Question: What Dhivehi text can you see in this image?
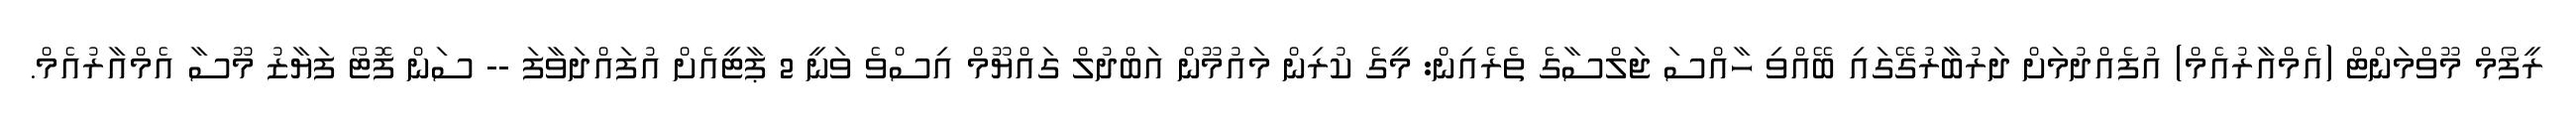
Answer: ރީފޯމް މޫވްމަންޓް (އެމްއާރުއެމް) އުފެއްދުމަށް ދަރުބާރުގޭގައި ބޭއްވި ހާއްސަ ޖަލްސާގެ ތެރެއިން: މީގެ ކުރިން މައުމޫން އަބްދުލް ގައްޔޫމް އިސްވެ ވަނީ 2 ޕާޓީއެށް އުފައްދަވާފަ -- ސަން ފޮޓޯ ފަޔާޒު މޫސާ އެމްއާރުއެމް.